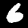
Label: 6